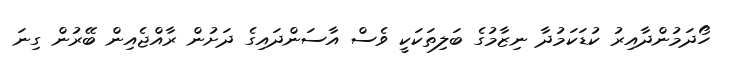
ހޯދަމުންދާއިރު ކުޑަކަމުދާ ނިޒާމުގެ ބަލިތަކަކީ ވެސް އާސަންދައިގެ ދަށުން ރާއްޖެއިން ބޭރުން ގިނަ